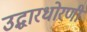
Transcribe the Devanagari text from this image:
उद्धारधोरणी